Annual report of the Bengal Veterinary College and of the Civil Veterinary Department, Bengal, for the year 1915-16 - 1915-1916
Year: 1915
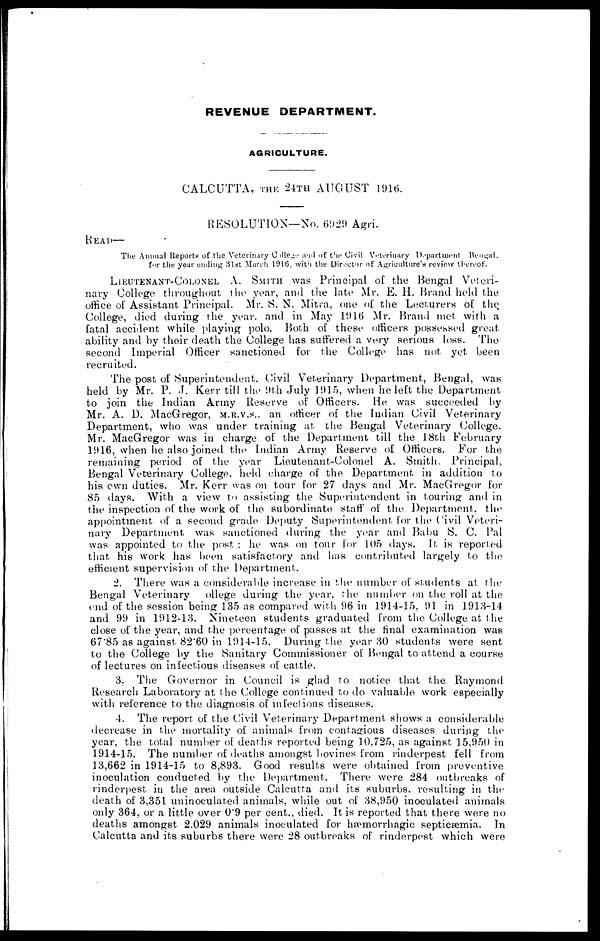
REVENUE DEPARTMENT.
AGRICULTURE.
CALCUTTA,THE 24TH AUGUST 1916.
RESOLUTION—No. 6929 Agri.
READ—
The Annual Reports of the Veterinary College and of the Civil Veterinary Department Bengal,
for the year ending 31st March 1916, with the Director of Agriculture's review thereof.
LIEUTENANT-COLONEL A. SMITH was Principal of the Bengal Veteri-
nary College throughout the year, and the late Mr. E. H. Brand held the
office of Assistant Principal. Mr. S. N. Mitra, one of the Lecturers of the
College, died during the year, and in May 1916 Mr. Brand met with a
fatal accident while playing polo. Both of these officers possessed great
ability and by their death the College has suffered a very serious loss. The
second Imperial Officer sanctioned for the College has not yet been
recruited.
The post of Superintendent. Civil Veterinary Department, Bengal, was
held by Mr. P. J. Kerr till the 9th July 1915, when he left the Department
to join the Indian Army Reserve of Officers. He was succeeded by
Mr. A. D. MacGregor, M.R.V.S., an officer of the Indian Civil Veterinary
Department, who was under training at the Bengal Veterinary College.
Mr. MacGregor was in charge of the Department till the 18th February
1916, when he also joined the Indian Army Reserve of Officers. For the
remaining period of the year Lieutenant-Colonel A. Smith. Principal,
Bengal Veterinary College, held charge of the Department in addition to
his own duties. Mr. Kerr was on tour for 27 days and Mr. MacGregor for
85 days. With a view to assisting the Superintendent in touring and in
the inspection of the work of the subordinate staff of the Department, the
appointment of a second grade Deputy Superintendent for the Civil Veteri-
nary Department was sanctioned during the year and Babu S. C. Pal
was appointed to the post: he was on tour for 105 days. It is reported
that his work has been satisfactory and has contributed largely to the
efficient supervision of the Department.
2. There was a considerable increase in the number of students at the
Bengal Veterinary
ollege during the year, the number on the roll at the
end of the session being 135 as compared with 96 in 1914-15, 91 in 1913-14
and 99 in 1912-13. Nineteen students graduated from the College at the
close of the year, and the percentage of passes at the final examination was
67.85 as against 82'60 in 1914-15. During the year 30 students were sent
to the College by the Sanitary Commissioner of Bengal to attend a course
of lectures on infectious diseases of cattle.
3. The Governor in Council is glad to notice that the Raymond
Research Laboratory at the College continued to do valuable work especially
with reference to the diagnosis of infectious diseases.
4. The report of the Civil Veterinary Department shows a considerable
decrease in the mortality of animals from contagious diseases during the
year, the total number of deaths reported being 10,725, as against 15,950 in
1914-15. The number of deaths amongst bovines from rinderpest fell from
13,662 in 1914-15 to 8,893. Good results were obtained from preventive
inoculation conducted by the Department. There were 284 outbreaks of
rinderpest in the area outside Calcutta and its suburbs, resulting in the
death of 3,351 uninoculated animals, while out of 38,950 inoculated animals
only 364, or a little over 0.9 per cent., died. It is reported that there were no
deaths amongst 2.029 animals inoculated for hæmorrhagic septicaemia. In
Calcutta and its suburbs there were 28 outbreaks of rinderpest which were